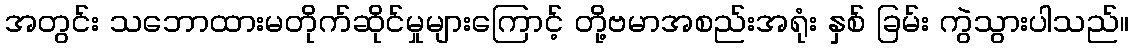
အတွင်း သဘောထားမတိုက်ဆိုင်မှုများကြောင့် တို့ဗမာအစည်းအရုံး နှစ် ခြမ်း ကွဲသွားပါသည်။